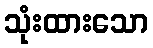
သုံးထားသော